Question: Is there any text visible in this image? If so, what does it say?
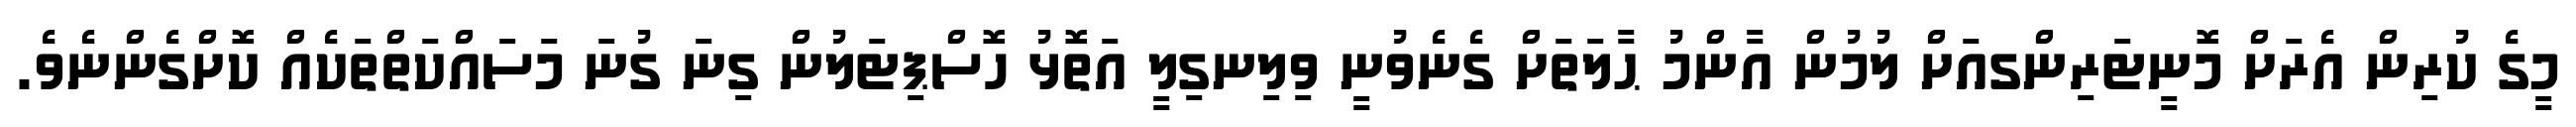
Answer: މީގެ ކުރިން އެރަށް މޮނީޓަރިންގއަށް ލުމުން އާންމު ޙާލަތަށް ގެނެވުނީ ވިލިނގިލީ އަތޮޅު ހޮސްޕިޓަލުން ގިނަ ގުނަ މަސައްކަތްތަކެއް ކޮށްގެންނެވެ.